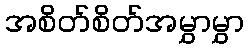
အစိတ်စိတ်အမွှာမွှာ